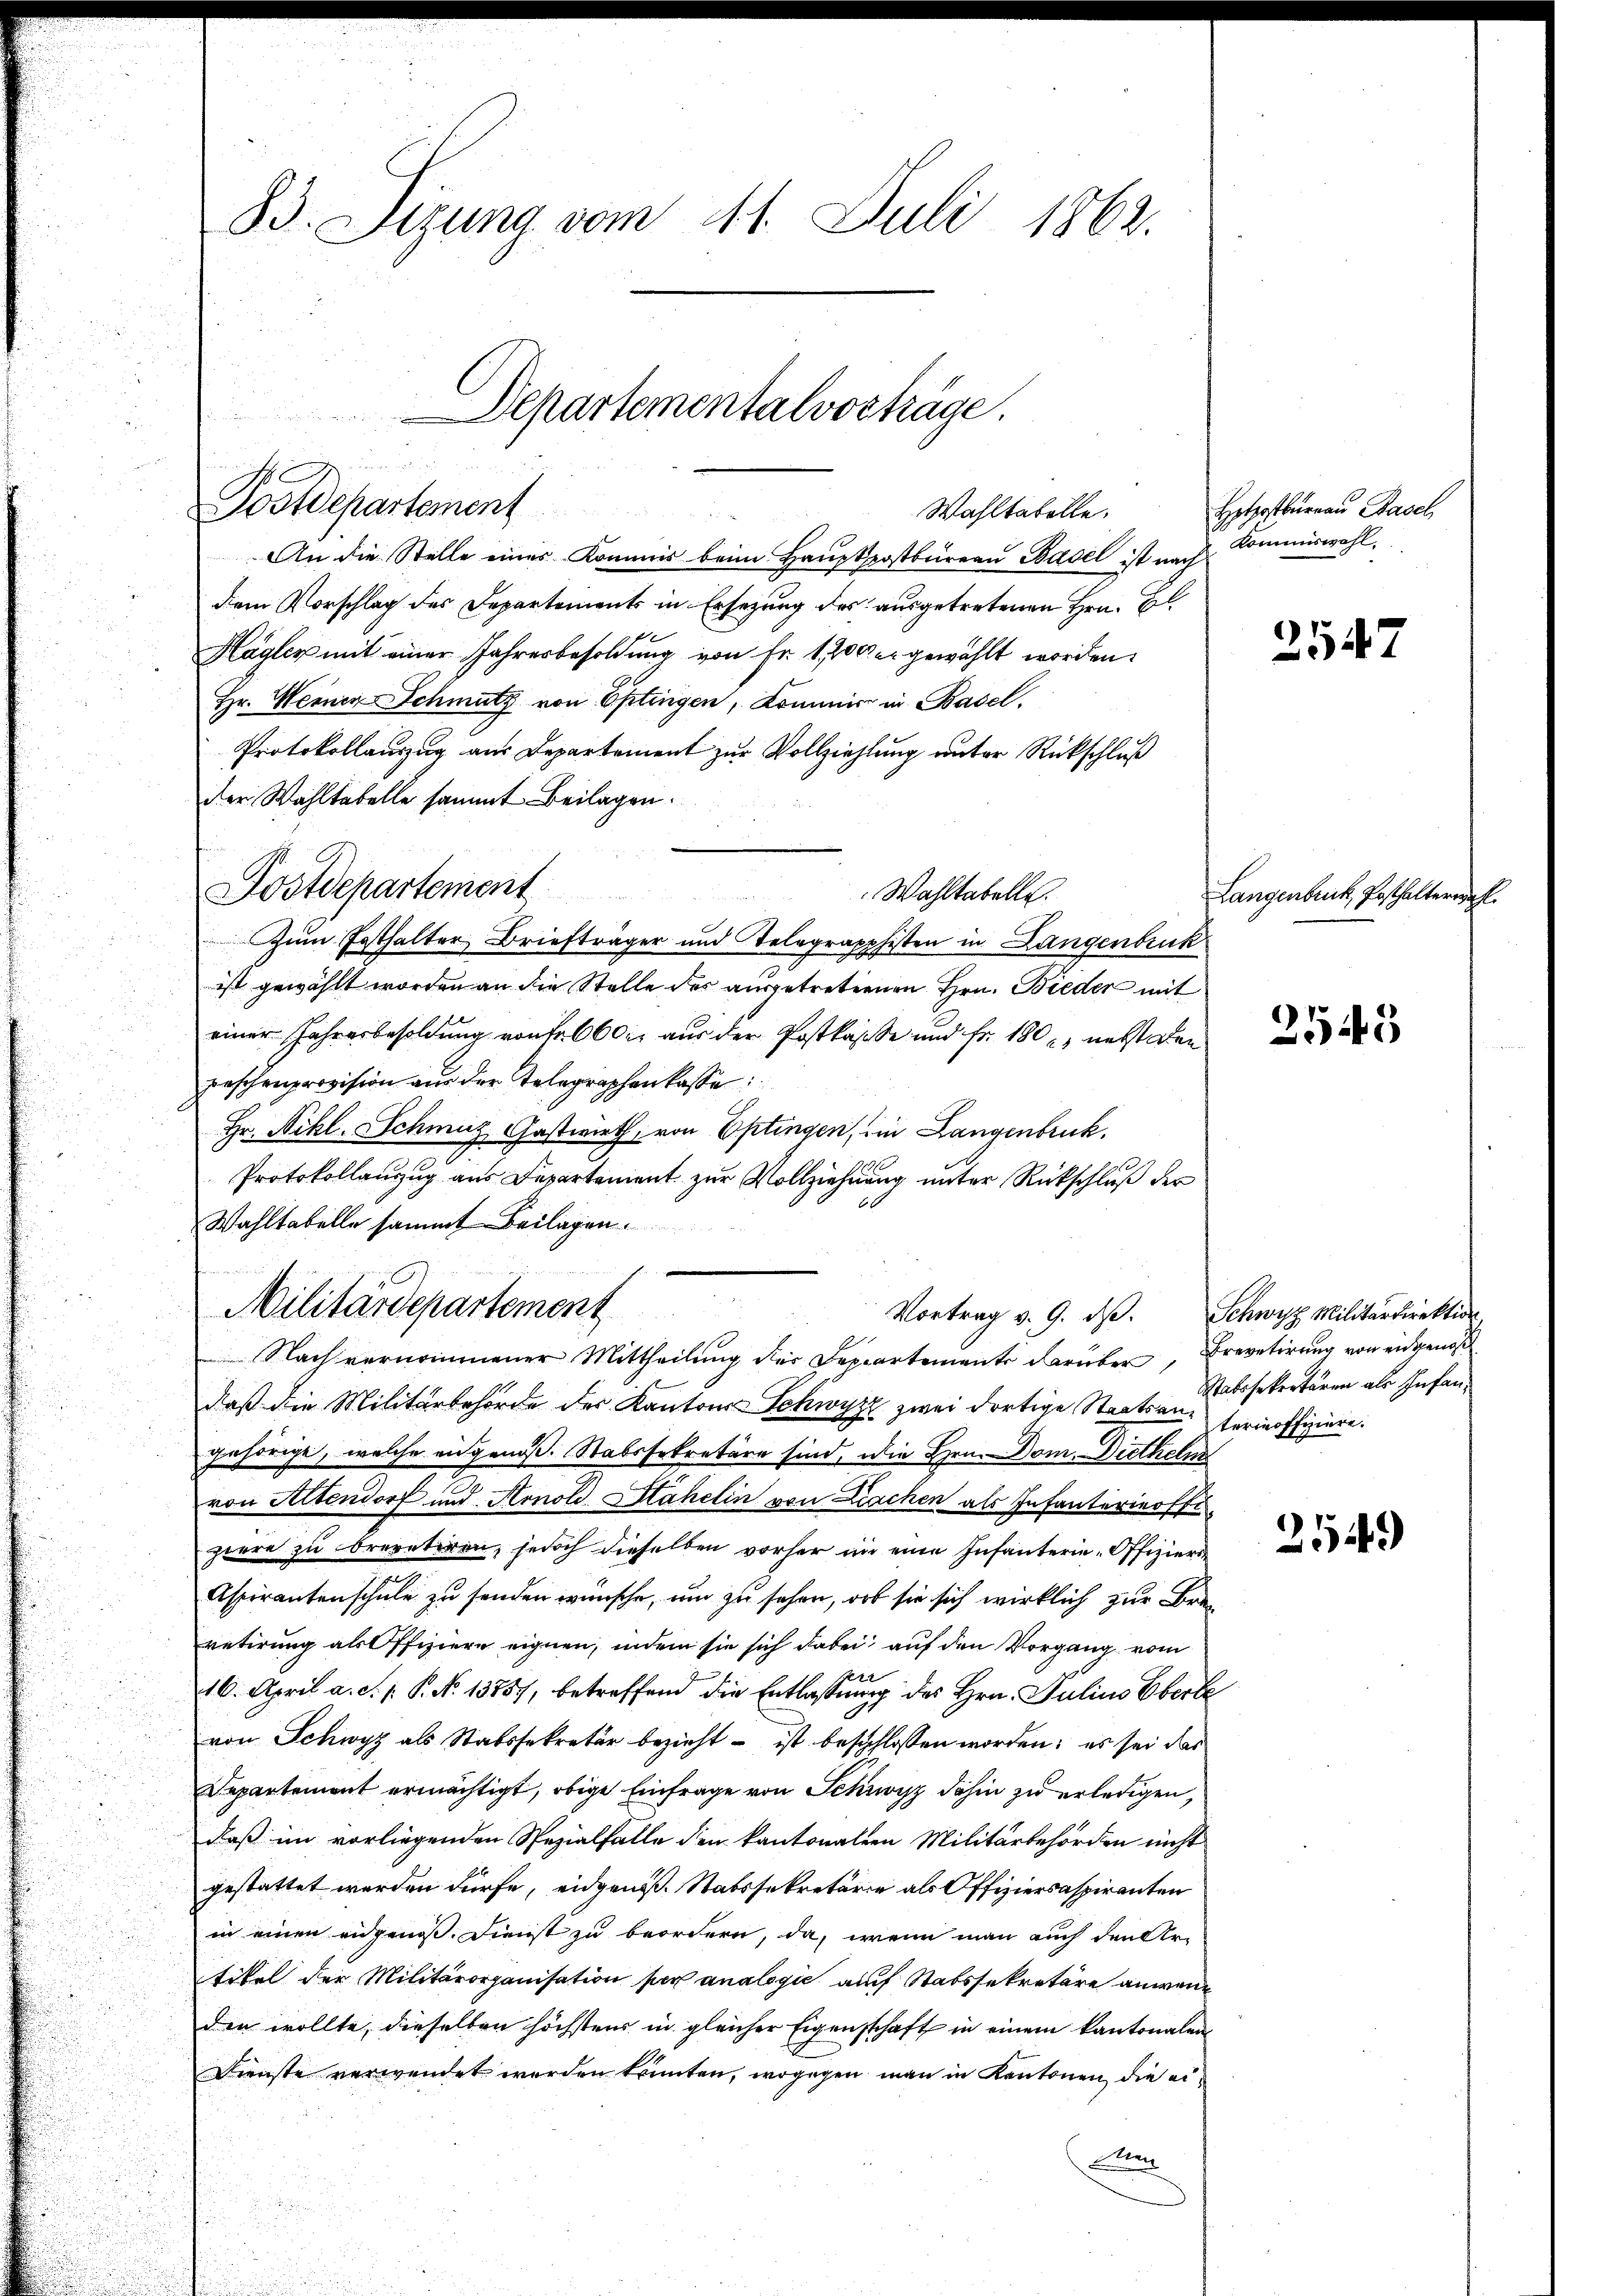
83. Sizung vom 11. Juli 1862.

Departementalvorträge.

Postdepartement
Wahltatelle.

An die Stelle eines Kommis beim Haupterstbüreau Basel ist nach
dem Vorschlag des Departements in Ersezung des ausgetretenen Hrn. Bl
Hagler mit einer Jahresbesoldung von Fr. 1700 er gewählt worden.
Hr. Weinen Schmutz von Eptingen, Kommer in Basel.
Protokollauszug aus Departement zur Vollziehlung unter Rückschluß
der Wahltabelle sammt Beilagen.
Wahltabelle.
Zum Festhalter Briefträger und Telegrapphisten in Langenbruck
ist gewählt worden an die Stelle des ausgetreternen Hrn. Bieder mit
einer Jahresbesoldung von fr. 600 aus der Postkasse und Fr. 180 u. nebst den
raschenprovision aŭs der Telegraphenkasse:
Hr. Nikl. Schmuz Gastwirth, von Optingen, in Langenbruck.
Protokollanzug aus Departement zur Vollziehung unter Rückschluß der
Wahltabelle sammt Beilagen.
Nach vernommener Mittheilung der Departemente darüber, Brevetirung von eidgenoß
daß die Militärbehörde des Kantons Schwyzz zwei dortige Staatsan- ferinoffiziere.
gehörige, welche eingenoß. Stabssekretäre sind, die Hrn. Dom. Dietheln
von Altendorf und Arnold Stahelin von Liachen als Infanterierste
porre zu brevetiren, jedoch dieselben vorher in eine Infanterie-Offiziers
Aspirantenschule zu senden wünsche, um zu sehen, ob sie sich wirklich zur Bran
retirung als Offiziere eignen, indem sie sich dabei auf den Vorgang vom
 x
16. April a. d. 1. P. No 13857, betreffend die Entlaßung des Hrn. Julius Eberle
von Schwyz als Stabssekretär bezieht – ist beschlossen worden; es sei das
Departement ermächtigt, obige Einfrage von Schwyz dahin zu erledigen,
daß im vorliegenden Spezialfalle den kantonaleen Militärbehörden nicht
gestattet werden dürfe, eidgenoße Statssekretäre als Offiziersaspiranten
in einen eidgenoß. Dienst zu beordern, da, wenn man auch den Artikel der Militärorganisation per analogie auf Stabssekretäre anwenden wollte, dieselben höchstens in gleicher Eigenschaft in einem kantonalen
Dienste verwendet werden könnten, wogegen man in Kantonen, die ei¬
Man

Postdepartement

Militärdepartement

Vortrag v. 9. dβ. Schwyz Militärdirektion.

Hotpostbureau Basel,
Kommiswohl,

2547

Langenbruck, Posthalterwahl.

2543

Stabssekertaren als Infan¬

254.